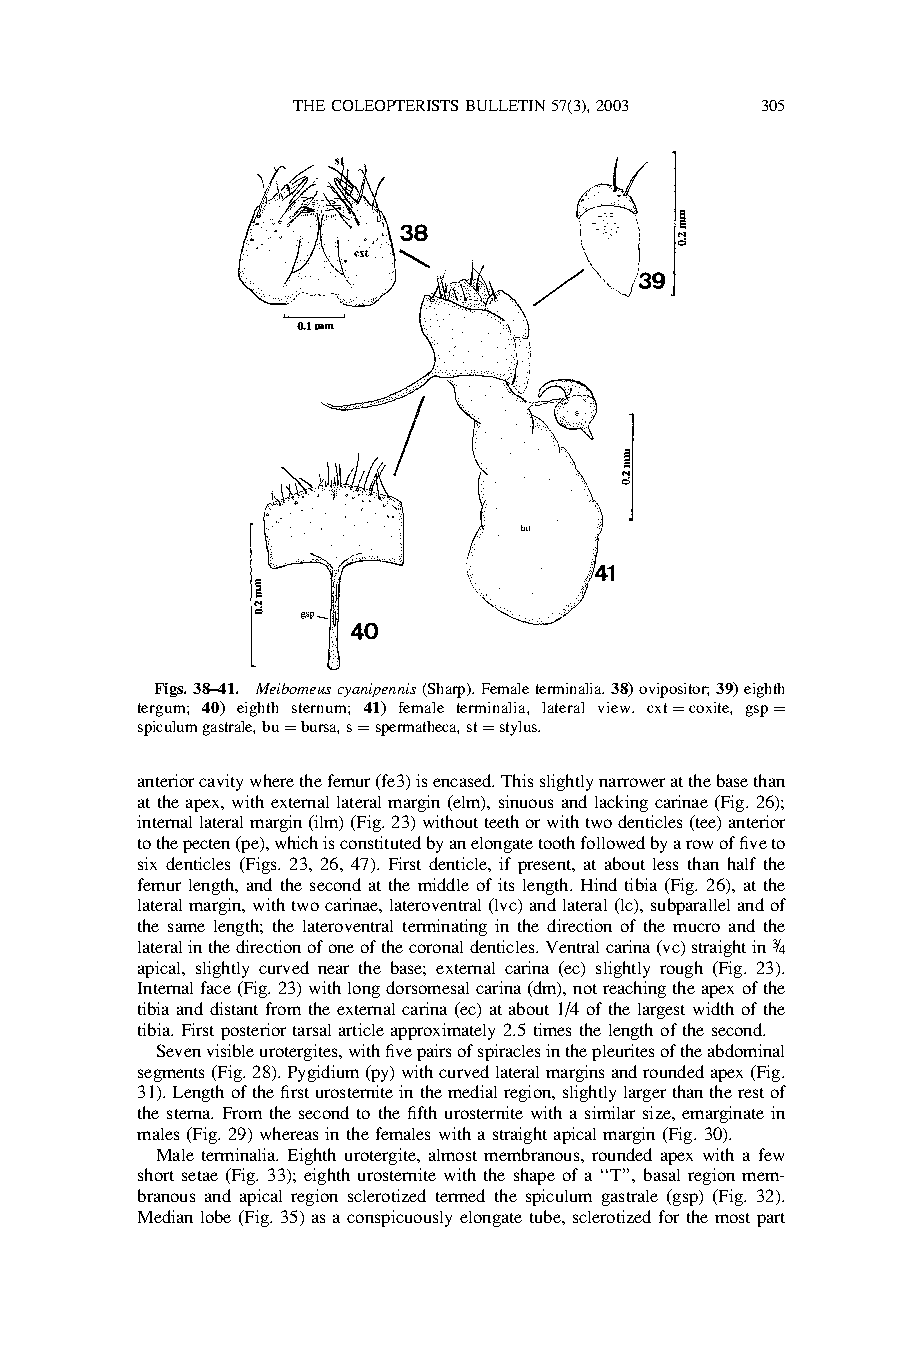
THECOLEOPTERISTSBULLETIN57(3),2003 305
 Figs.38–41. Meibomeuscyanipennis(Sharp).Femaleterminalia.38)ovipositor;39)eighth
 tergum; 40) eighth sternum; 41) female terminalia, lateral view. cxt¼coxite, gsp¼
 spiculumgastrale,bu¼bursa,s¼spermatheca,st¼stylus.
 anteriorcavitywherethefemur(fe3)isencased.Thisslightlynarroweratthebasethan
 at theapex, with external lateralmargin (elm), sinuousand lacking carinae(Fig. 26);
 internallateralmargin(ilm)(Fig.23)withoutteethorwithtwodenticles(tee)anterior
 tothepecten(pe),whichisconstitutedbyanelongatetoothfollowedbyarowoffiveto
 six denticles (Figs. 23, 26, 47). First denticle, if present, at about less than half the
 femur length, and the second at the middle of its length. Hind tibia (Fig. 26), at the
 lateralmargin,withtwocarinae,lateroventral(lvc)andlateral(lc),subparallelandof
 the same length; the lateroventral terminating in the direction of the mucro and the
 lateralinthedirectionofoneofthecoronaldenticles.Ventralcarina(vc)straightin3=4
 apical, slightly curved near the base; external carina (ec) slightly rough (Fig. 23).
 Internalface(Fig.23)withlongdorsomesalcarina(dm),notreachingtheapexofthe
 tibia and distant from the external carina (ec) at about 1/4 of the largest width of the
 tibia.Firstposterior tarsalarticleapproximately 2.5timesthe lengthofthesecond.
 Sevenvisibleurotergites,withfivepairsofspiraclesinthepleuritesoftheabdominal
 segments(Fig.28).Pygidium(py)withcurvedlateralmarginsandroundedapex(Fig.
 31).Lengthofthefirsturosterniteinthemedialregion,slightlylargerthantherestof
 the sterna. From the second to the fifth urosternite with a similar size, emarginate in
 males(Fig.29)whereas inthefemales withastraightapicalmargin(Fig.30).
 Male terminalia. Eighth urotergite, almost membranous, rounded apex with a few
 short setae (Fig. 33); eighth urosternite with the shape of a ‘‘T’’, basal region mem-
 branous and apical region sclerotized termed the spiculum gastrale (gsp) (Fig. 32).
 Median lobe (Fig. 35) as a conspicuously elongate tube,sclerotized for the mostpart